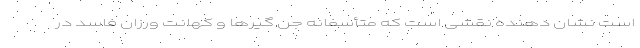
است نشان دهنده نقشی است که متأسفانه جن گیرها و کهانت ورزان فاسد در